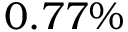
0 . 7 7 \%